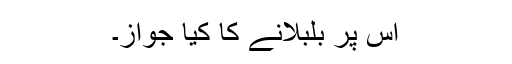
اس پر بلبلانے کا کیا جواز۔